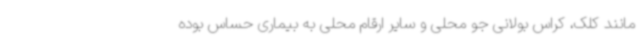
مانند کلک، کراس بولانی جو محلی و سایر ارقام محلی به بیماری حساس بوده